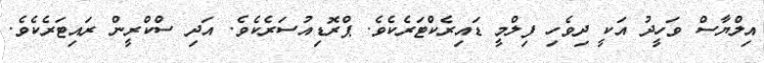
އިލްޔާސް ވަހީދު އަކީ ދިވެހި ފިލްމީ ޑައިރެކްޓަރެކެވެ. ޕްރޮޑިއުސަރެކެވެ. އަދި ސްކްރީން ރައިޓަރެކެވެ.